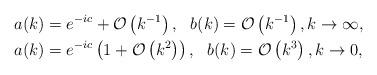
LaTeX: \begin{align*}&a(k)= e^{-ic} +\mathcal{O}\left(k^{-1}\right), \ \ b(k)=\mathcal{O}\left(k^{-1}\right), k \rightarrow \infty, \\ &a(k)=e^{-ic}\left(1+\mathcal{O}\left(k^2\right)\right), \ \ b(k)=\mathcal{O}\left(k^3\right),k\rightarrow 0,\end{align*}